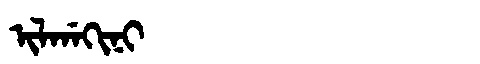
Manchu: ᡳᠯᡤᠠᡴᡳᠨᡳ
Romanization: ILGAKINI